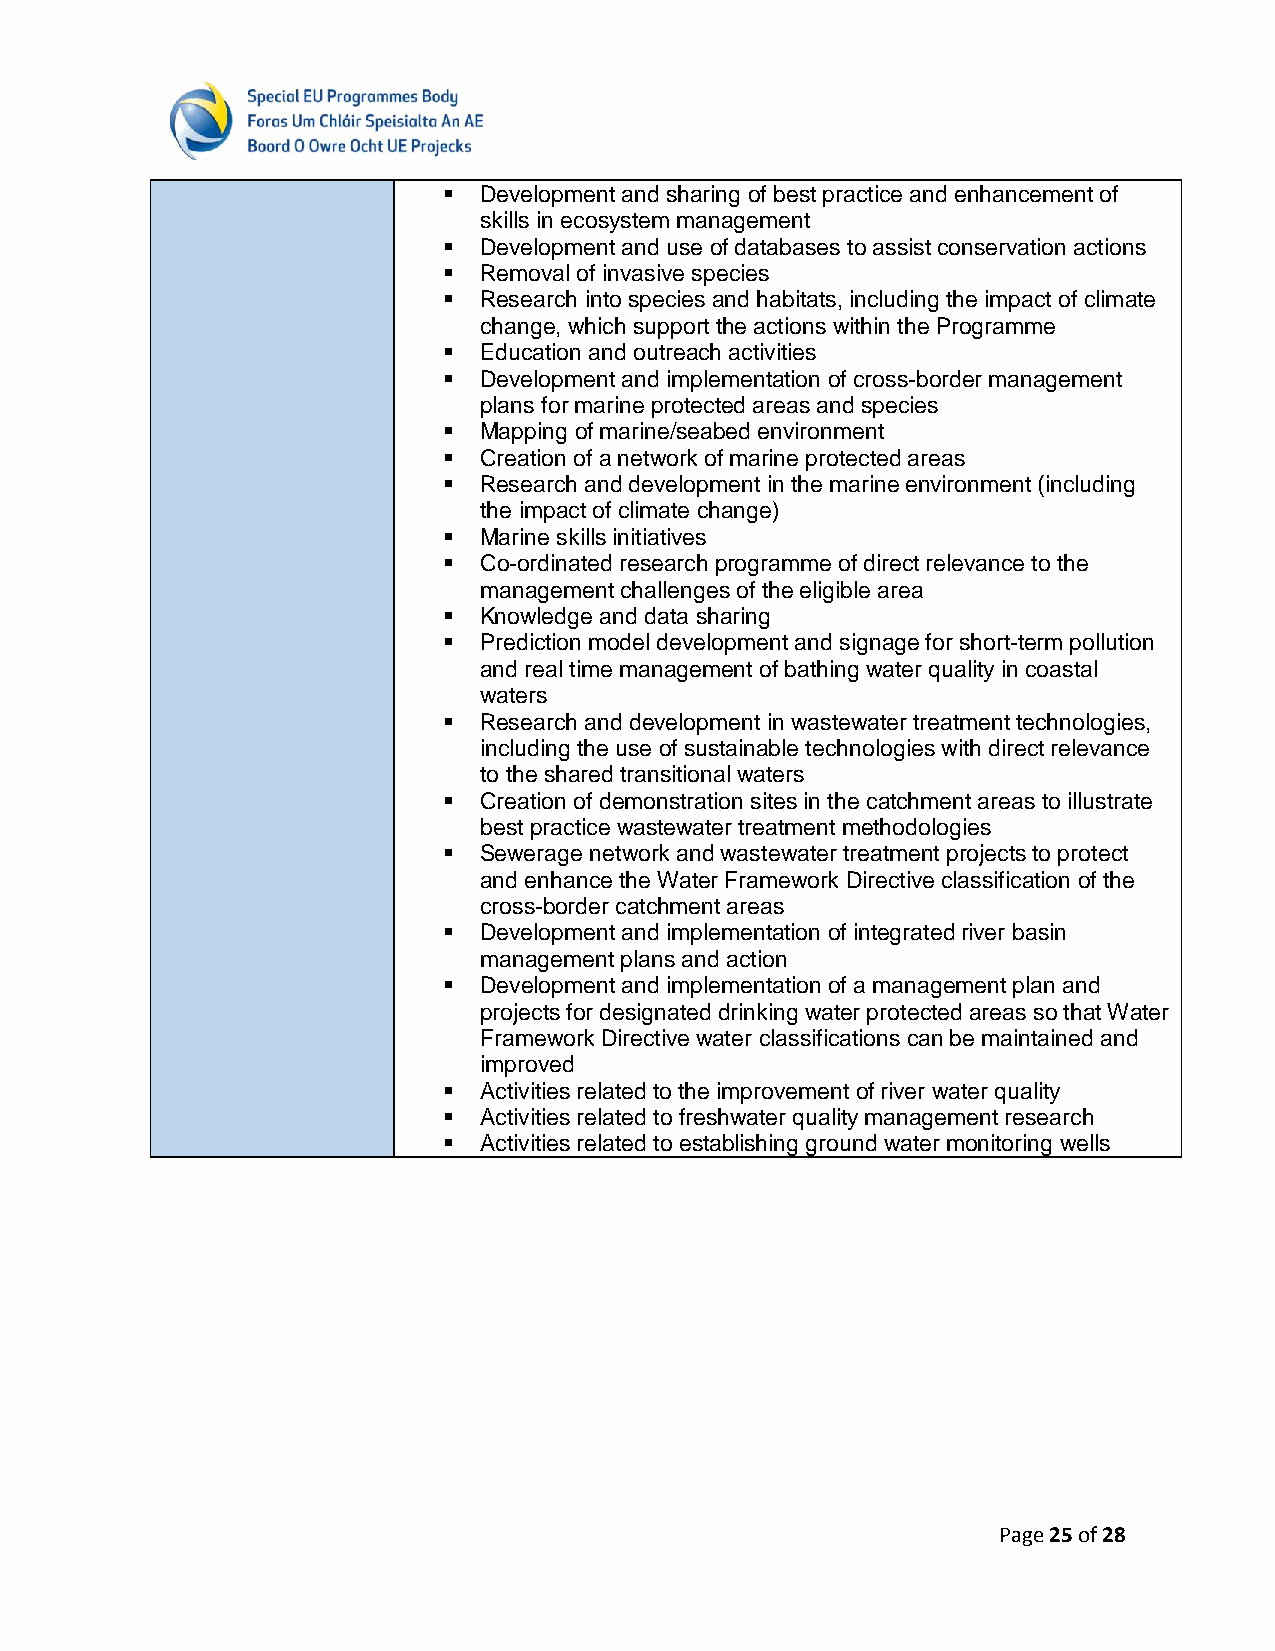
  Development and sharing of best practice and enhancement of
 skills in ecosystem management
   Development and use of databases to assist conservation actions
   Removal of invasive species
   Research into species and habitats, including the impact of climate
 change, which support the actions within the Programme
   Education and outreach activities
   Development and implementation of cross-border management
 plans for marine protected areas and species
   Mapping of marine/seabed environment
   Creation of a network of marine protected areas
   Research and development in the marine environment (including
 the impact of climate change)
   Marine skills initiatives
   Co-ordinated research programme of direct relevance to the
 management challenges of the eligible area
   Knowledge and data sharing
   Prediction model development and signage for short-term pollution
 and real time management of bathing water quality in coastal
 waters
   Research and development in wastewater treatment technologies,
 including the use of sustainable technologies with direct relevance
 to the shared transitional waters
   Creation of demonstration sites in the catchment areas to illustrate
 best practice wastewater treatment methodologies
   Sewerage network and wastewater treatment projects to protect
 and enhance the Water Framework Directive classification of the
 cross-border catchment areas
   Development and implementation of integrated river basin
 management plans and action
   Development and implementation of a management plan and
 projects for designated drinking water protected areas so that Water
 Framework Directive water classifications can be maintained and
 improved
   Activities related to the improvement of river water quality
   Activities related to freshwater quality management research
   Activities related to establishing ground water monitoring wells
 Page 25 of 28